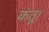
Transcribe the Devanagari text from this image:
कंतू।